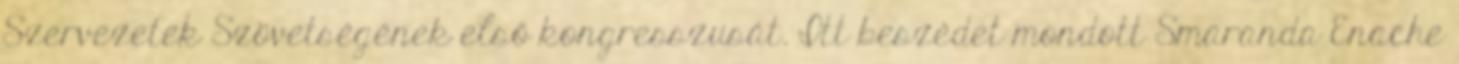
Szervezetek Szövetségének első kongresszusát. Itt beszédet mondott Smaranda Enache